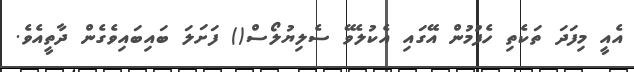
އެއީ މިފަދަ ތަކެތި ހެފުމުން އޭގައި އެކުލެވޭ ސެލިޔުލޯސް() ފަށަލަ ބައިބައިވެގެން ދާތީއެވެ.